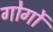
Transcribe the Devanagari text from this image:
गोर्गों